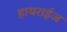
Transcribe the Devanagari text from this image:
हायराईज